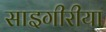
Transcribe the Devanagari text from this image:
साइगीरीया